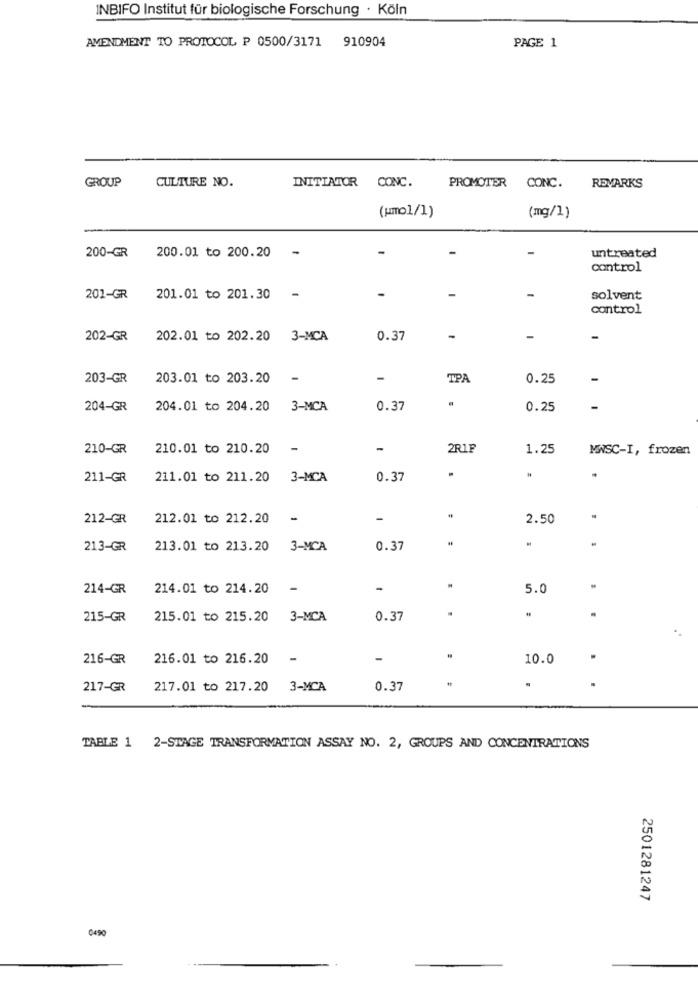
INBIFO Institut für biologische Forschung . Köln
AMENDMENT TO PROTOCOL P 0500/3171 910904
PAGE 1
GROUP
CULTURE NO.
INITIATOR CONC.
PROMOTER CONC.
REMARKS
(umol/1)
(mg/1)
200-GR 200.01 to 200.20
-
-
untreated
control
201-GR
201.01 to 201.30
solvent
control
202-GR
202.01 to 202.20 3-MCA
0.37
203-GR
203.01 to 203.20
-
TPA
0.25
-
204-GR
204.01 to 204.20 3-MCA
0.37
0.25
-
210-GR
210.01 to 210.20
-
2R1F
1.25
MASC-I, frozen
.
211-GR
211.01 to 211.20 3-MCA
0.37
212-GR
212.01 to 212.20
2.50
213-GR
213.01 to 213.20
3-MCA
0.37
214-GR
214.01 to 214.20
5.0
215-GR
215.01 to 215.20 3-MCA
0.37
216-GR
216.01 to 216.20
-
-
10.0
217-GR
217.01 to 217.20
3-MCA
0.37
TABLE 1 2-STAGE TRANSFORMATION ASSAY NO. 2, GROUPS AND CONCENTRATIONS
2501281247
0490